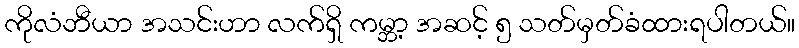
ကိုလံဘီယာ အသင်းဟာ လက်ရှိ ကမ္ဘာ့ အဆင့် ၅ သတ်မှတ်ခံထားရပါတယ်။